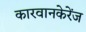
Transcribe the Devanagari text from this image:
कारवानकेरेंज